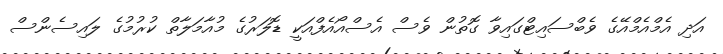
އަދި އެމްއެމްއޭގެ ވެބްސައިޓްގައިވާ ގޮތުން ވެސް އެސްއޯއެފްއަކީ ޑޮލަރުގެ މުއާމަލާތް ކުރުމުގެ ލައިސެންސް